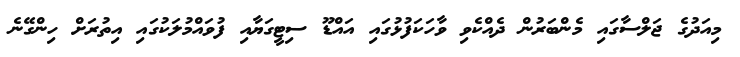
މިއަދުގެ ޖަލްސާގައި މެންބަރުން ދެއްކެވި ވާހަކަފުޅުގައި އައްޑޫ ސިޓީގަޔާއި ފުވައްމުލަކުގައި އިތުރަށް ހިންގޭނެ